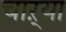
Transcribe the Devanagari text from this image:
चाऱ्या